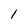
Character: 1